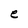
Character: e